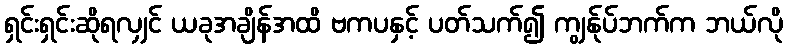
ရှင်းရှင်းဆိုရလျှင် ယခုအချိန်အထိ ဗကပနှင့် ပတ်သက်၍ ကျွန်ုပ်ဘက်က ဘယ်လို